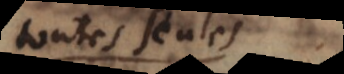
toute seule